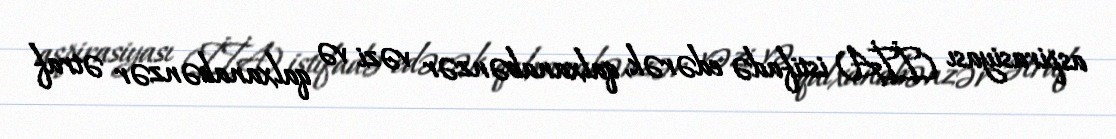
aspirasiyası (İİA) istifadə edərək, qalxanabənzər vəzi və qalxanabənzər ətraf